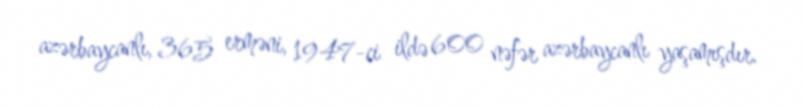
azərbaycanlı, 365 erməni, 1947-ci ildə 600 nəfər azərbaycanlı yaşamışdır.